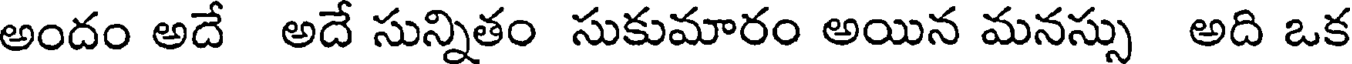
అందం అదే అదే సున్నితం సుకుమారం అయిన మనస్సు అది ఒక